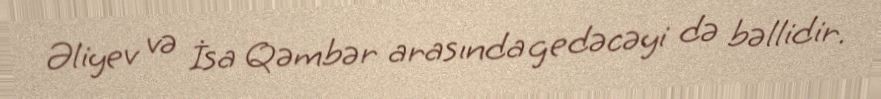
Əliyev və İsa Qəmbər arasında gedəcəyi də bəllidir.